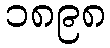
၁၈၉၈